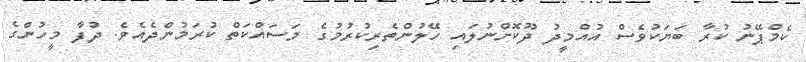
ކެމްޕޭނު ކުރާ ބަޔަކުވެސް އުއްމީދު ދޫކޮށްނުލައި ހޭލުންތެރިކުރުމުގެ މަސައްކަތް ކުރަމުންދެއެވެ. ދުފާ މީހުންގެ